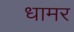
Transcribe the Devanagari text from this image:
धामर